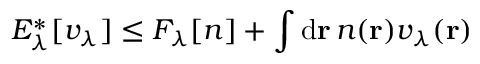
E _ { \lambda } ^ { \ast } [ v _ { \lambda } ] \leq F _ { \lambda } \ensuremath { [ n ] } + \int \mathrm { d } \mathbf { r } \, n ( \mathbf { r } ) v _ { \lambda } ( \mathbf { r } )